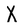
Character: X